system: You are a helpful assistant.
user:
Analyze the provided spectrum to determine if it is a **"Cataclysmic Variables (CV)"**.

- **Key Indicators for CV (Check for either state):**
    - **State 1: Quiescent / Low-State (Emission-Dominated)**
        - **(Primary):** Strong and *very broad* Hydrogen Balmer emission lines (e.g., $H\alpha$ at 6563 Å, $H\beta$ at 4861 Å). The 'broadness' (high velocity dispersion, often FWHM > 1000 km/s) is the key diagnostic, indicating a high-velocity accretion disk.
        - **(Secondary):** Broad neutral Helium (He I) emission lines (e.g., 5876 Å, 6678 Å).
        - **(Key Confirmation):** Presence of high-excitation *ionized* Helium (He II) emission at 4686 Å. This is a strong indicator of accretion onto a white dwarf.
        - **(Line Profile):** Emission lines may exhibit a 'double-peaked' profile, which is a classic signature of a rotating accretion disk viewed at high inclination.

    - **State 2: Outburst / High-State (Absorption-Dominated)**
        - **(Primary):** Spectrum is dominated by a bright, blue continuum (looks like a hot star).
        - **(Secondary):** The emission lines from State 1 are weak, absent, or 'filled in', and are replaced by broad, shallow *absorption* lines (primarily Balmer and He I).
        - **(Morphology):** The overall spectrum mimics a hot B/A-type star. The crucial difference is that the absorption lines are significantly broader, shallower, and more 'washed-out' (or 'smeared') than the sharp lines of a normal stellar photosphere, due to high rotational speeds and pressure broadening in the disk.

Think first, call **spectral_visualization_tool** if needed to examine features in detail, then provide your final answer. Your response must adhere to the following strict rules:
1.  **Overall Structure:** Your response must follow the format `<think>...</think> <tool_call>...</tool_call> (if a tool is used) <answer>...</answer>`.
2.  **Tool Usage Constraint:** You may only make **one** tool call per turn.
3.  **Final Answer Format:** In the `<answer>` tag, your conclusion must be inside a `\boxed{}` command (e.g., `\boxed{YES}`), followed by your justification.

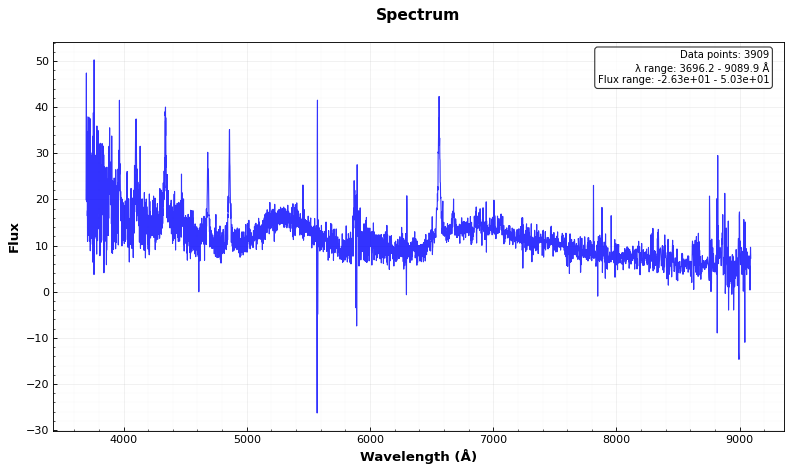
Answer: YES